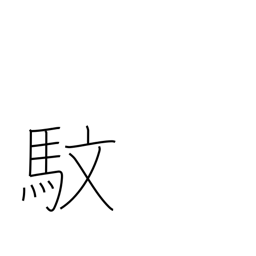
Meaning: zebra with yellow eyes and red mane